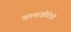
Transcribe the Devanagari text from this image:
कामाक्षीदेवी